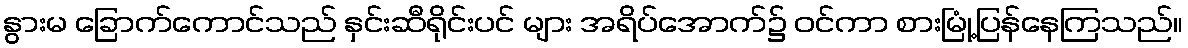
နွားမ ခြောက်ကောင်သည် နှင်းဆီရိုင်းပင် များ အရိပ်အောက်၌ ဝင်ကာ စားမြုံ့ပြန်နေကြသည်။